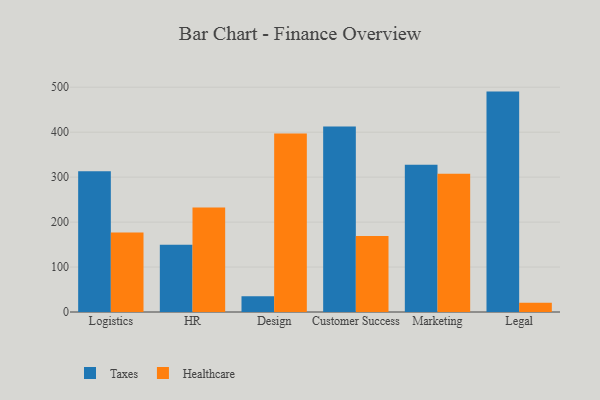
{"axis": {"x": "Department", "y": "Customer Acquisition Cost (USD)"}, "legend": ["Healthcare", "Taxes"], "data": [{"x": "Logistics", "y": 312.9, "type": "Taxes"}, {"x": "Logistics", "y": 176.8, "type": "Healthcare"}, {"x": "HR", "y": 149.5, "type": "Taxes"}, {"x": "HR", "y": 232.5, "type": "Healthcare"}, {"x": "Design", "y": 35.3, "type": "Taxes"}, {"x": "Design", "y": 397.3, "type": "Healthcare"}, {"x": "Customer Success", "y": 412.5, "type": "Taxes"}, {"x": "Customer Success", "y": 169.3, "type": "Healthcare"}, {"x": "Marketing", "y": 327.5, "type": "Taxes"}, {"x": "Marketing", "y": 307.3, "type": "Healthcare"}, {"x": "Legal", "y": 490.3, "type": "Taxes"}, {"x": "Legal", "y": 20.5, "type": "Healthcare"}]}